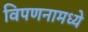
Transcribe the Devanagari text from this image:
विपणनामध्ये